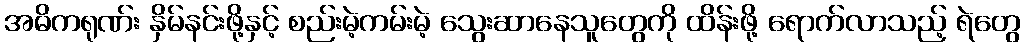
အဓိကရုဏ်း နှိမ်နင်းဖို့နှင့် စည်းမဲ့ကမ်းမဲ့ သွေးဆာနေသူတွေကို ထိန်းဖို့ ရောက်လာသည့် ရဲတွေ